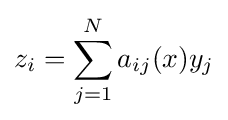
\displaystyle {z_{i}=\sum _{j=1}^{N}a_{ij}(x)y_{j}}